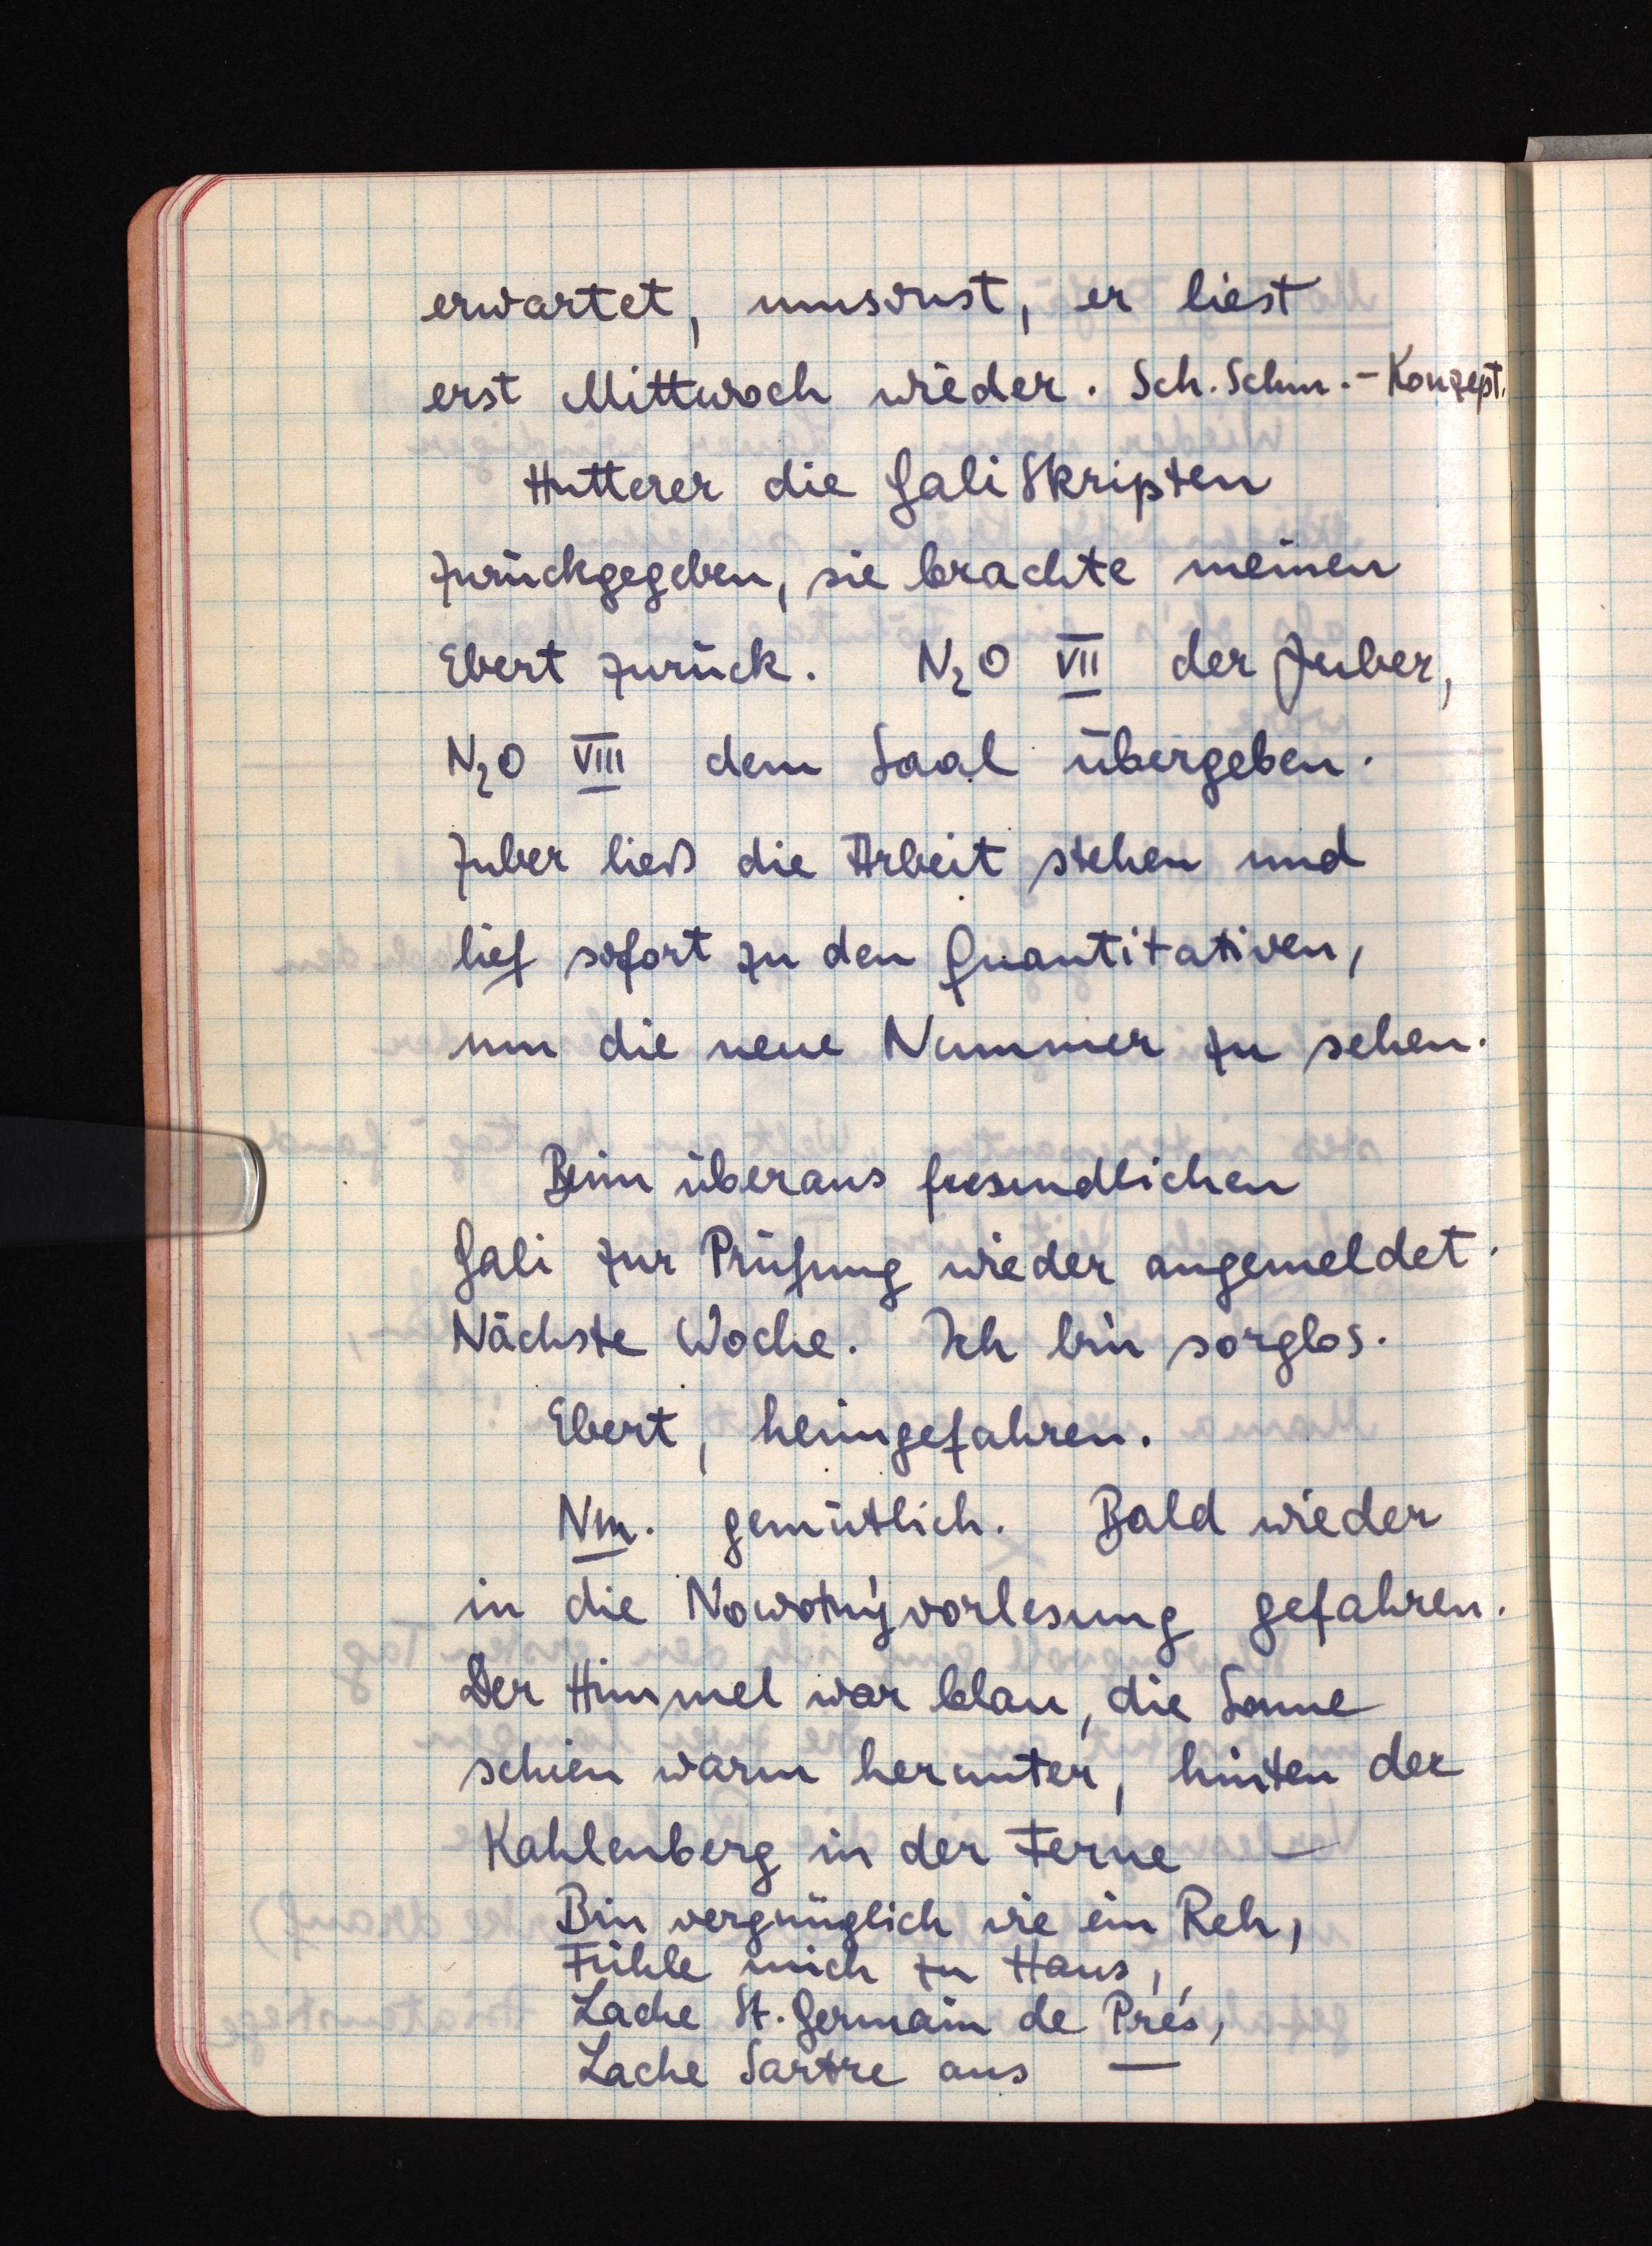
erwartet, umsonst, er liest
erst Mittwoch wieder. Sch. Schm.-Konzept.
Hutterer die Galiskripten
zurückgegeben, sie brachte meinen
Ebert zurück. N2O VII der Zuber,
N2O VIII dem Saal übergeben.
Zuber ließ die Arbeit stehen und
lief sofort zu den Quantitativen,
um die neue Nummer zu sehen.
Beim überaus freundlichen
Gali zur Prüfung wieder angemeldet.
Nächste Woche. Ich bin sorglos.
Ebert, heimgefahren.
Nm. gemütlich. Bald wieder
in die Nowotnývorlesung gefahren.
Der Himmel war blau, die Sonne
schien warm herunter, hinten der
Kahlenberg in der Ferne -
Bin vergnüglich wie ein Reh,
Fühle mich zu Haus,
Lache , St. Germain de Pres,
Lache Sartre aus -